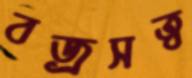
বজ্রসত্ব